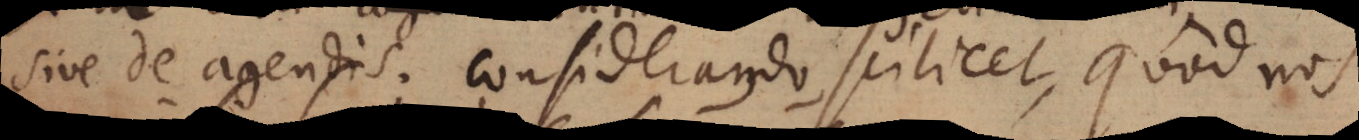
sive de agendis; considerando scilicet, quod nos